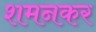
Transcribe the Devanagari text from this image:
शमनकर